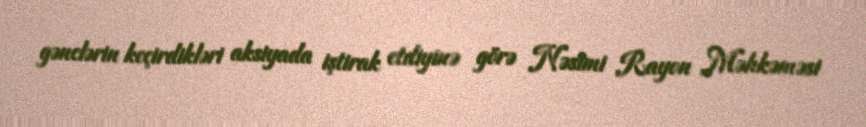
gənclərin keçirdikləri aksiyada iştirak etdiyinə görə Nəsimi Rayon Məhkəməsi